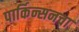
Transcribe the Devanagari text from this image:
पार्किन्सनचा